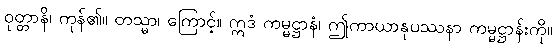
ဝုတ္တာနိ၊ ကုန်၏။ တသ္မာ၊ ကြောင့်။ ဣဒံ ကမ္မဋ္ဌာနံ၊ ဤကာယာနုပဿနာ ကမ္မဋ္ဌာန်းကို။